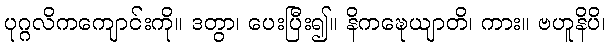
ပုဂ္ဂလိကကျောင်းကို။ ဒတွာ၊ ပေးပြီး၍။ နိကဍ္ဎေယျာတိ၊ ကား။ ဗဟူနိပိ၊